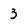
Character: 3